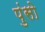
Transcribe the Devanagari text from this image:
पुंसो